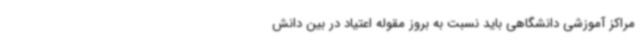
مراکز آموزشی دانشگاهی باید نسبت به بروز مقوله اعتیاد در بین دانش‌